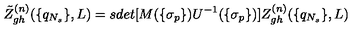
\tilde { Z } _ { g h } ^ { ( n ) } ( \{ q _ { N _ { s } } \} , L ) = s d e t [ M ( \{ \sigma _ { p } \} ) U ^ { - 1 } ( \{ \sigma _ { p } \} ) ] Z _ { g h } ^ { ( n ) } ( \{ q _ { N _ { s } } \} , L )